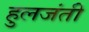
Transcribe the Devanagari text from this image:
हुलजंती